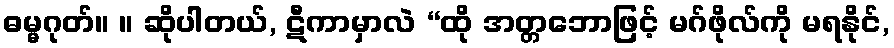
ဓမ္မဂုတ်။ ။ ဆိုပါတယ်, ဋီကာမှာလဲ “ထို အတ္တဘောဖြင့် မဂ်ဖိုလ်ကို မရနိုင်,